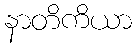
နာတိကိယာ